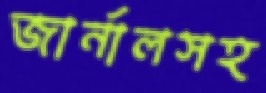
জার্নালসহ